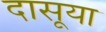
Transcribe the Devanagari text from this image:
दासूया